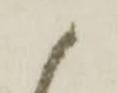
候